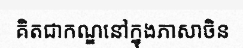
គិតជាកណ្ឌនៅក្នុងភាសាចិន